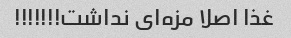
غذا اصلا مزه‌ای نداشت!!!!!!!